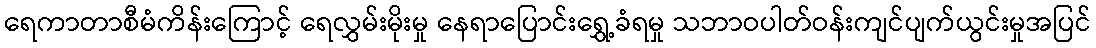
ရေကာတာစီမံကိန်းကြောင့် ရေလွှမ်းမိုးမှု နေရာပြောင်းရွှေ့ခံရမှု သဘာဝပါတ်ဝန်းကျင်ပျက်ယွင်းမှုအပြင်